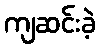
ကျဆင်းခဲ့